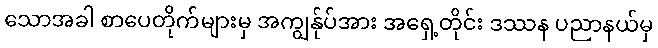
သောအခါ စာပေတိုက်များမှ အကျွန်ုပ်အား အရှေ့တိုင်း ဒဿန ပညာနယ်မှ